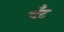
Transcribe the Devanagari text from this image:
चँट